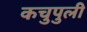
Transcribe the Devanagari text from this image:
कचुपुली